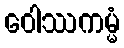
ဝေါဿကမ္မံ